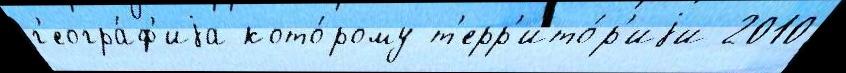
г'еогра́ф'иjа кото́рому т'ерр'ито́р'иjи 2010